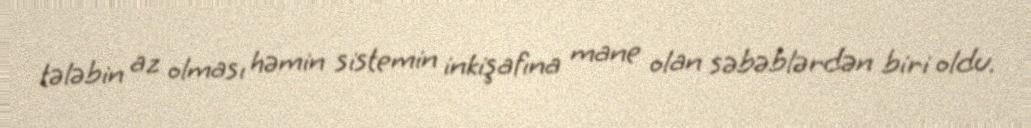
tələbin az olması həmin sistemin inkişafına mane olan səbəblərdən biri oldu.